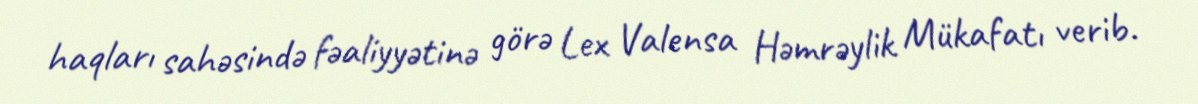
haqları sahəsində fəaliyyətinə görə Lex Valensa Həmrəylik Mükafatı verib.